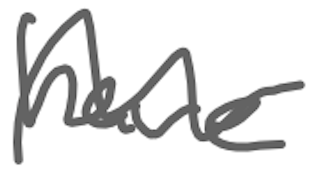
Text: have
Cross-out: wave
Writing tool: digital_gray